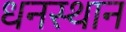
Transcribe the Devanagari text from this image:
धनस्थान